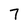
Character: 7